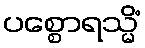
ပစ္စောရသ္မိံ